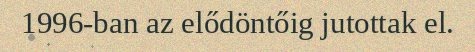
1996-ban az elődöntőig jutottak el.